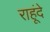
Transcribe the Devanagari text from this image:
राहूंदे